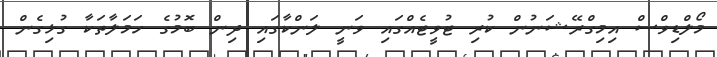
މޯލްޑިވްސް އިމިގްރޭޝަނުން ކުރި ޓުވީޓެއްގައި ވަނީ ލަންކާގައި ދިން ބޮމުގެ ހަމަލާތަކާ ގުޅިގެން